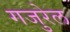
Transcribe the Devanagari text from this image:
गजुरेल